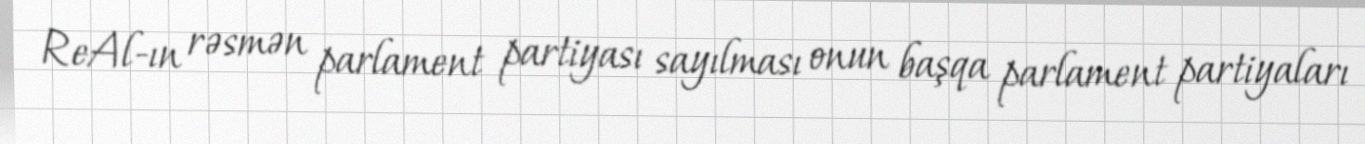
ReAl-ın rəsmən parlament partiyası sayılması onun başqa parlament partiyaları